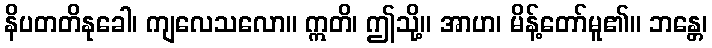
နိပတတိနုခေါ၊ ကျလေသလော။ ဣတိ၊ ဤသို့။ အာဟ၊ မိန့်တော်မူ၏။ ဘန္တေ၊